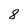
Character: 8